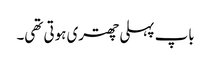
باپ پہلی چھتری ہوتی تھی۔